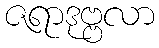
ဇရာဒုဗ္ဗလာ